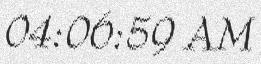
04:06:59 AM